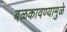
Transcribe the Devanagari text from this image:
बळकावण्यामुळे